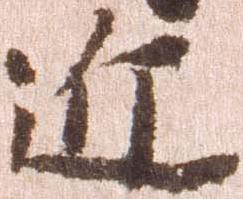
近